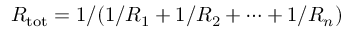
R _ { \mathrm { t o t } } = 1 / ( 1 / R _ { 1 } + 1 / R _ { 2 } + \cdots + 1 / R _ { n } )